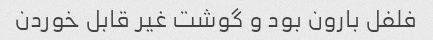
فلفل بارون بود و گوشت غیر قابل خوردن